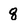
Character: 8